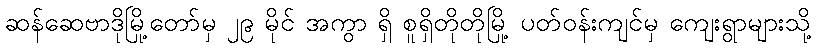
ဆန်ဆေဗာဒိုမြို့တော်မှ ၂၉ မိုင် အကွာ ရှိ စူရှိတိုတိုမြို့ ပတ်ဝန်းကျင်မှ ကျေးရွာများသို့